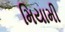
મિયામી